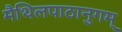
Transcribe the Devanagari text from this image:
मैथिलपाठानुगम्